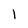
Character: 1